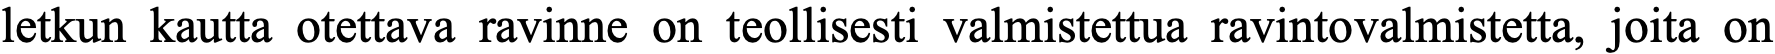
letkun kautta otettava ravinne on teollisesti valmistettua ravintovalmistetta, joita on